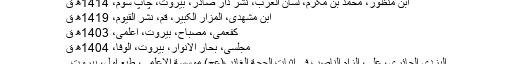
ابن منظور، محمد بن مکرم، لسان العرب، نشر دار صادر، بیروت، چاپ سوم، 1414ھ ق
ابن مشهدی، المزار الکبیر، قم، نشر القیوم، 1419ھ ق
کفعمی، مصباح، بیروت، اعلمی، 1403ھ ق
مجلسی، بحار الانوار، بیروت، الوفا، 1404ھ ق
الیزدی الحائری، علی، الزام الناصب فی إثبات الحجة الغائب(عجّ) موسسة الاعلمی، طبع اول، بیروت ۔